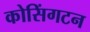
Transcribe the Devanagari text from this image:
कोसिंगटन